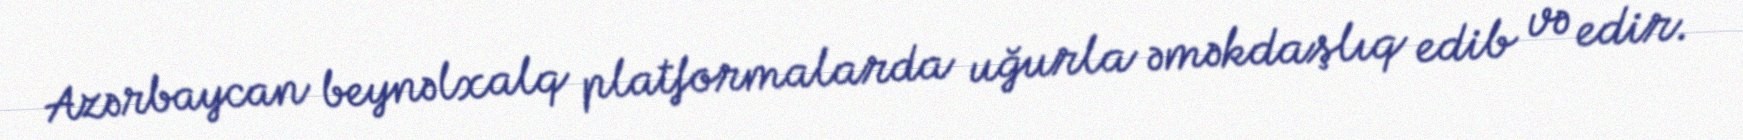
Azərbaycan beynəlxalq platformalarda uğurla əməkdaşlıq edib və edir.